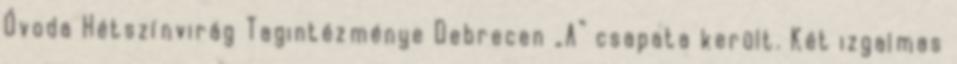
Óvoda Hétszínvirág Tagintézménye Debrecen „A” csapata került. Két izgalmas